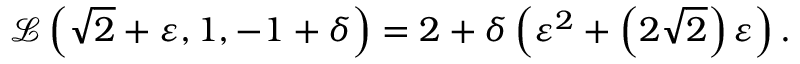
{ \mathcal { L } } \left( { \sqrt { 2 } } + \varepsilon , 1 , - 1 + \delta \right) = 2 + \delta \left( \varepsilon ^ { 2 } + \left( 2 { \sqrt { 2 } } \right) \varepsilon \right) .